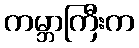
ကမ္ဘာကြီးက